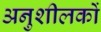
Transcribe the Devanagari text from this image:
अनुशीलकों